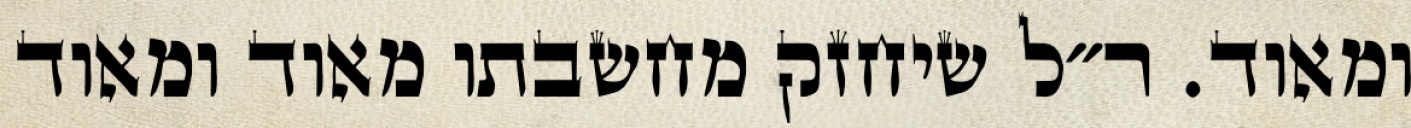
ומאוד. ר״ל שיחזק מחשבתו מאוד ומאוד